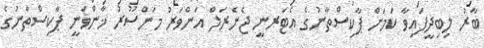
ބާރު ލިބިދީފައިވާ ކަމަށް ޕާކިސްތާނުގެ އެޓަރނީ ޖެނެރަލް އަންވަރު މަންސޫރު ޚާންވަނީ ޕާކިސްތާނުގެ